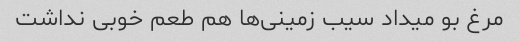
مرغ بو میداد سیب زمینی‌ها هم طعم خوبی نداشت